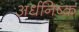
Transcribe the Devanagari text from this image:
अर्धनिष्क